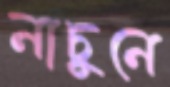
নাচুনে